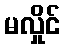
မလှိုင်